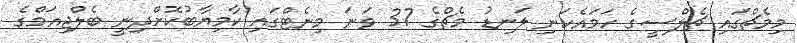
މިމެޗްގައި ޗެލްސީގެ ހަމައެކަނި ލަނޑު މެޗްގެ 37 ވަނަ މިނެޓްގައި ކާމިޔާބުކޮށްދިނީ ބެލްޖިއަމްގެ